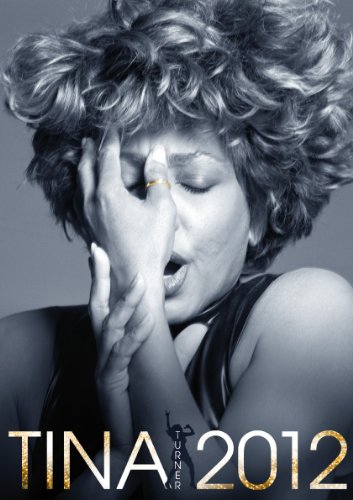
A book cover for Tina Turner 2012; Not Available (NA); Calendars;